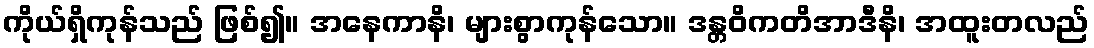
ကိုယ်ရှိကုန်သည် ဖြစ်၍။ အနေကာနိ၊ များစွာကုန်သော။ ဒန္တဝိကတိအာဒီနိ၊ အထူးတလည်